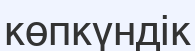
көпкүндік